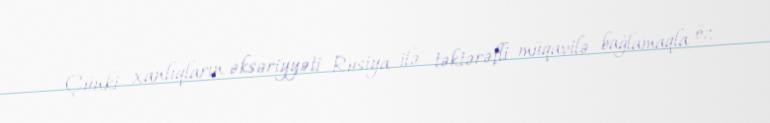
Çünki xanlıqların əksəriyyəti Rusiya ilə təktərəfli müqavilə bağlamaqla öz